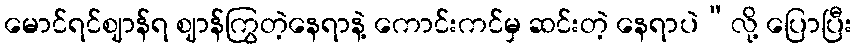
မောင်ရင်ဈာန်ရ ဈာန်ကြွတဲ့နေရာနဲ့ ကောင်းကင်မှ ဆင်းတဲ့ နေရာပဲ”လို့ ပြောပြီး